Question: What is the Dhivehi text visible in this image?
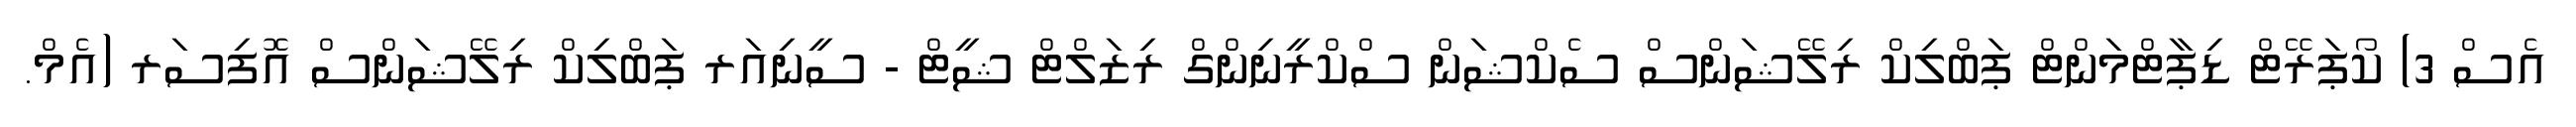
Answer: އެސް 3) ކޯޕަރޭޓް ޑިޕާޓްމަންޓް ޕަބްލިކް ރިލޭޝަންސް ސެކްޝަން ސްކްރީނިންގް ރިޒަލްޓް ޝީޓް - ސީނިއަރ ޕަބްލިކް ރިލޭޝަންސް އޮފިސަރ (އެމް.